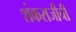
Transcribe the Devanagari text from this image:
शंकराजीची